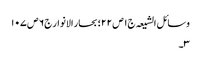
وسائل الشیعہ ج١ ص ٢٢؛ بحار الانوار ج٦ ص ١٠٧
٣۔